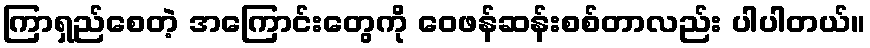
ကြာရှည်စေတဲ့ အကြောင်းတွေကို ဝေဖန်ဆန်းစစ်တာလည်း ပါပါတယ်။